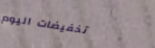
تخفيضات اليوم